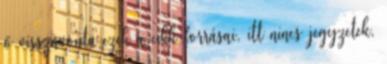
ő visszavonta ezek a cikk forrásai, itt nincs jegyzetek,